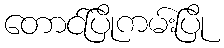
တောင်ပြိုကမ်းပြို